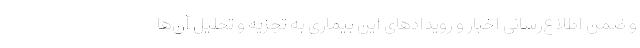
و ضمن اطلاع‌رسانی اخبار و رویدادهای این بیماری به تجزیه و تحلیل آن‌ها